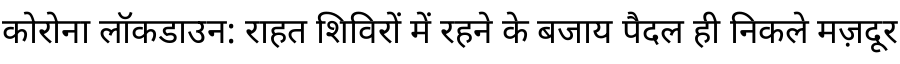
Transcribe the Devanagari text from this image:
कोरोना लॉकडाउन: राहत शिविरों में रहने के बजाय पैदल ही निकले मज़दूर